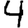
Digit: 4